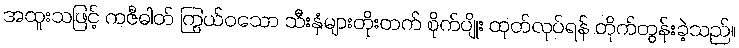
အထူးသဖြင့် ကဇီဓါတ် ကြွယ်ဝသော သီးနှံများတိုးတက် စိုက်ပျိုး ထုတ်လုပ်ရန် တိုက်တွန်းခဲ့သည်။